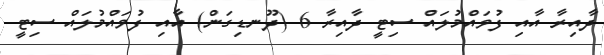
ދާއިރާ އާއި ފުވައްމުލައް ސިޓީ ދާއިރާ 6 (ދޫނޑިިގަން) އާއި ފުވައްމުލައް ސިޓީ